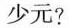
少元?